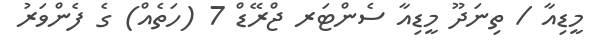
މީޑިއާ / ތިނަދޫ މީޑިއާ ސެންޓަރ ޖްރޭޑް 7 (ހަތެއް) ގެ ފެންވަރު